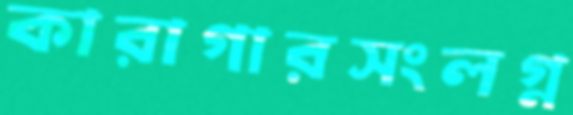
কারাগারসংলগ্ন